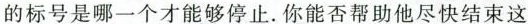
的标号是哪一个才能够停止.你能否帮助他尽快结束这